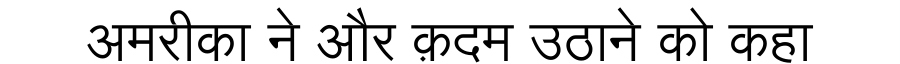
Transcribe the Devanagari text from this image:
अमरीका ने और क़दम उठाने को कहा